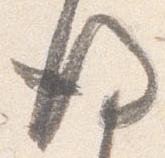
後